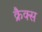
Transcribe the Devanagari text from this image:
क्रैक्स